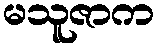
မသူဇာက